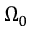
\Omega _ { 0 }